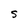
Character: S